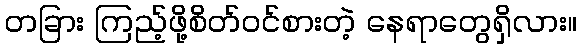
တခြား ကြည့်ဖို့စိတ်ဝင်စားတဲ့ နေရာတွေရှိလား။